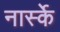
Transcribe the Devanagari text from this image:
नार्स्के